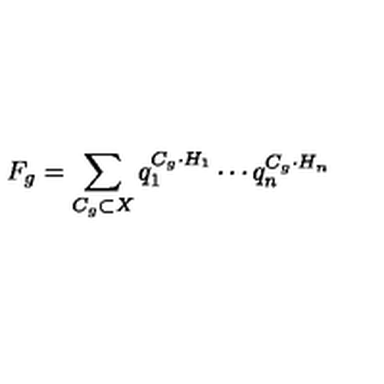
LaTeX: F _ { g } = \sum _ { C _ { g } \subset X } q _ { 1 } ^ { C _ { g } \cdot H _ { 1 } } \cdots q _ { n } ^ { C _ { g } \cdot H _ { n } }